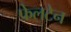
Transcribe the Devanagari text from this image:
फेलटेन